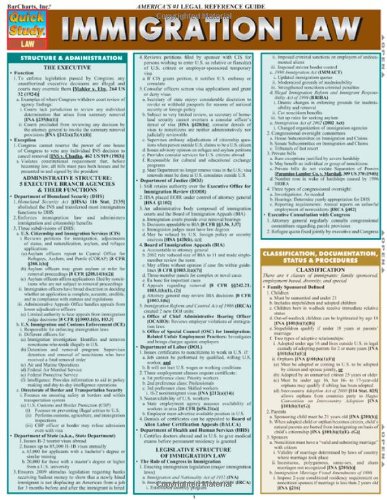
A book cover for Immigration Law (Quick Study: Law); Inc. BarCharts; Law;